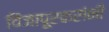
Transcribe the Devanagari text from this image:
विजापूरकरांनी